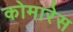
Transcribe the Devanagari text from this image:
कोमारेस